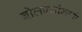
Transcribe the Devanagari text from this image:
बोलण्यांमध्ये